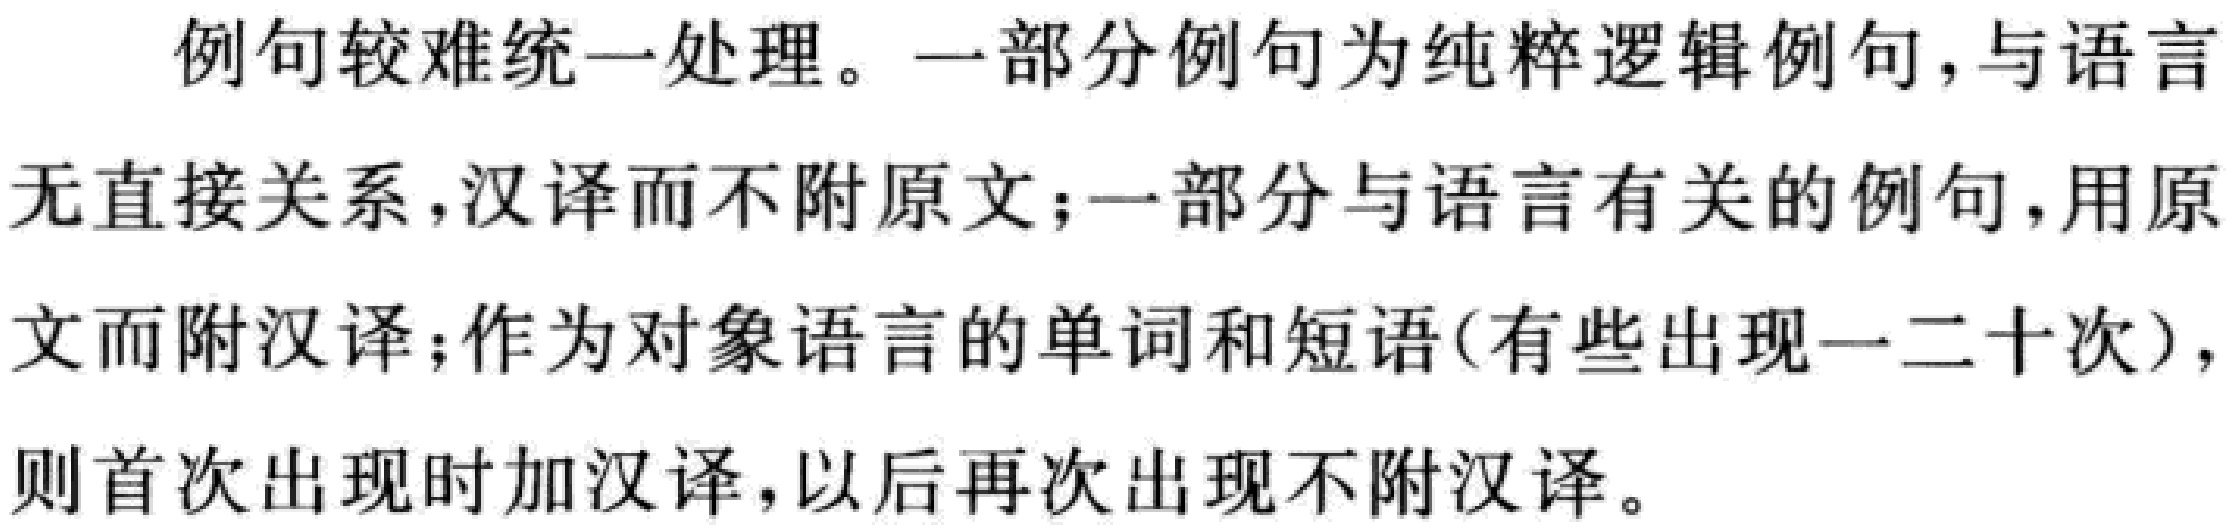
例句较难统一处理。一部分例句为纯粹逻辑例句，与语言无直接关系，汉译而不附原文；一部分与语言有关的例句，用原文而附汉译；作为对象语言的单词和短语(有些出现一二十次)，则首次出现时加汉译，以后再次出现不附汉译。